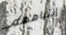
إنتباههم